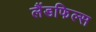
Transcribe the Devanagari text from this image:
लैंडफिल्स